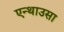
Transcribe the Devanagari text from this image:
एन्थाउसा